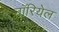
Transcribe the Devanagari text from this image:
नॉरियेल